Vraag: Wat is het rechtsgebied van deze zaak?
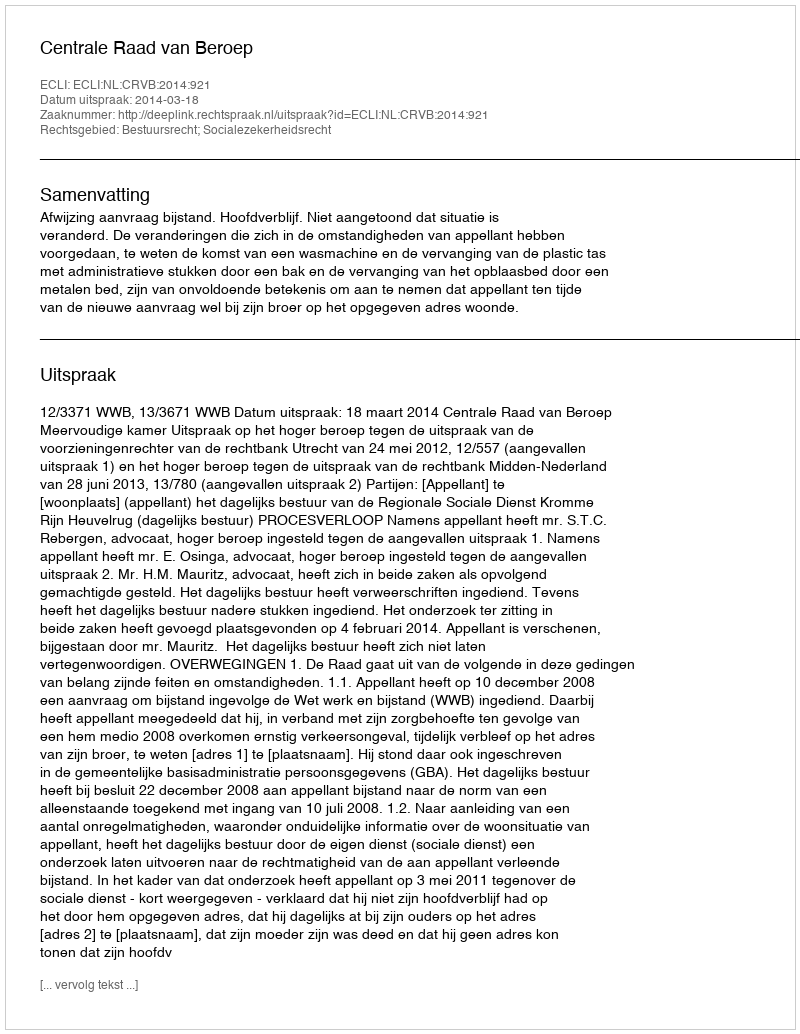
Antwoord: Bestuursrecht; Socialezekerheidsrecht